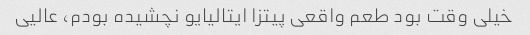
خیلی وقت بود طعم واقعی پیتزا ایتالیایو نچشیده بودم، عالیی